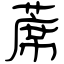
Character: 蓆